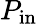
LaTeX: P_{\mathrm{in}}